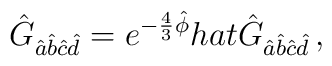
\hat{G}_{\hat{a}\hat{b}\hat{c}\hat{d}}=e^{-\frac{4}{3}\hat{\phi}}\\hat{\hat{G}}_{\hat{a}\hat{b}\hat{c}\hat{d}}\, ,